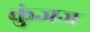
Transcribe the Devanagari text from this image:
कुंजज